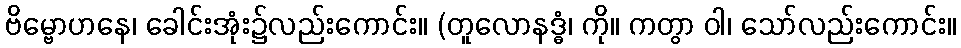
ဗိမ္ဗောဟနေ၊ ခေါင်းအုံး၌လည်းကောင်း။ (တူလောနဒ္ဓံ၊ ကို။ ကတွာ ဝါ၊ သော်လည်းကောင်း။